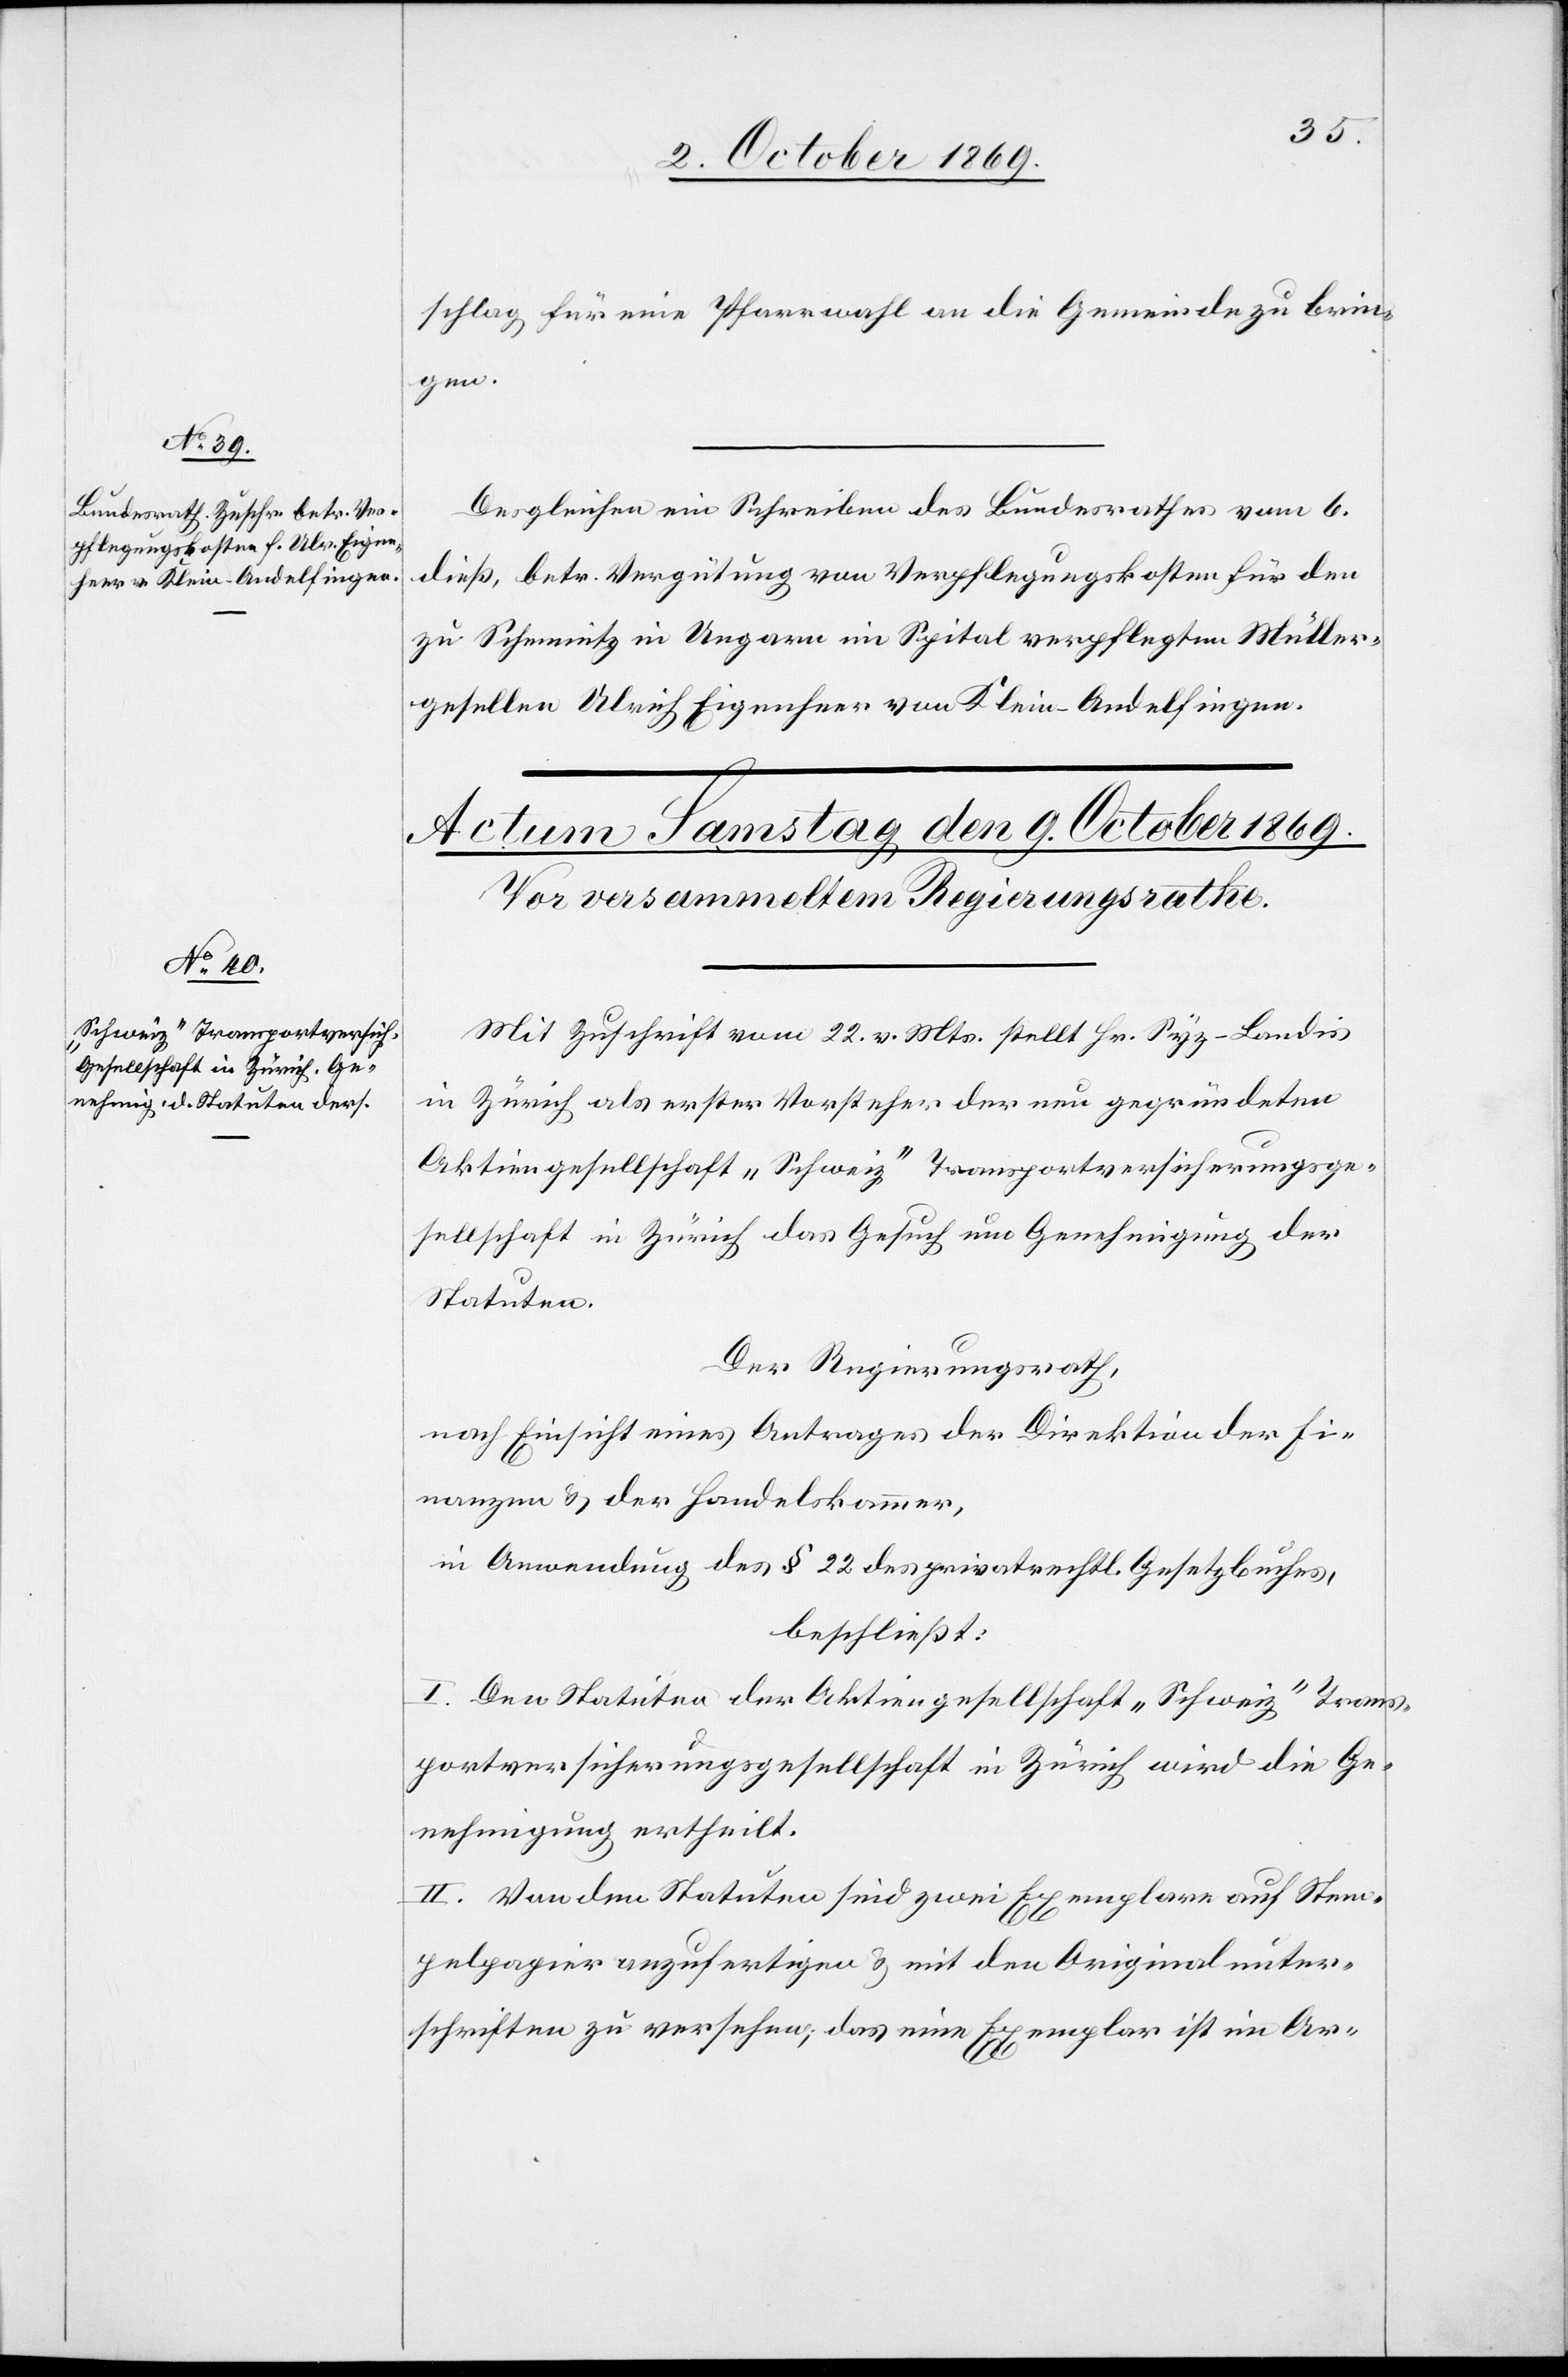
8. October 1869.]
schlag für eine Pfarrwahl an die Gemeinde zu brin¬
gen.
Desgleichen ein Schreiben des Bundesrathes vom 6.
dieß, betr. Vergütung von Verpflegungskosten für den
zu Schemnitz in Ungarn im Spital verpflegten Müller¬
gesellen Ulrich Eigenheer von Klein-Andelfingen.
Mit Zuschrift vom 22. v. Mts. stellt Hr. Syz-Landis
in Zürich als erster Vorsteher der neu gegründeten
Aktiengesellschaft „Schweiz“ Transportversicherungsge¬
sellschaft in Zürich das Gesuch um Genehmigung der
Statuten.
Der Regierungsrath,
nach Einsicht eines Antrages der Direktion der Fi¬
nanzen & der Handelskammer,
in Anwendung des § 22 des privatrechtl. Gesetzbuches,
beschließt:
I. Den Statuten der Aktiengesellschaft „Schweiz“ Trans¬
portversicherungsgesellschaft in Zürich wird die Ge¬
nehmigung ertheilt.
II. Von den Statuten sind zwei Exemplare auf Stem¬
pelpapier anzufertigen & mit den Originalunter¬
schriften zu versehen; das eine Exemplar ist im Ar-